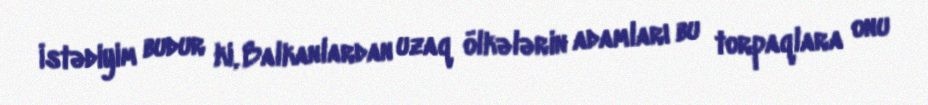
İstədiyim budur ki, Balkanlardan uzaq ölkələrin adamları bu torpaqlara onu